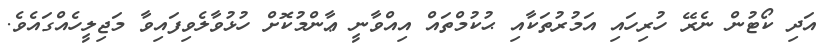
އަދި ކޯޓުން ނެރޭ ހުރިހައި އަމުރުތަކާއި ޙުކުމްތައް އިއްވާނީ ޢާންމުކޮށް ހުޅުވާލެވިފައިވާ މަޖިލީހެއްގައެވެ.